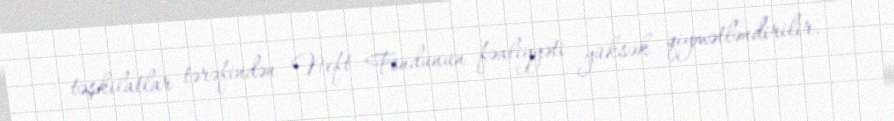
təşkilatlar tərəfindən Neft Fondunun fəaliyyəti yüksək qiymətləndirilir.